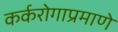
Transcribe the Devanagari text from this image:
कर्करोगाप्रमाणे